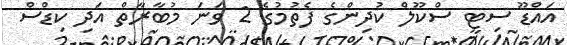
އައްޑޫ ސިޓީ ސްކޫލް ކުދިންގެ ފެތުމުގެ 2 ވަނަ މުބާރާތް އަދި ކިޑްސް